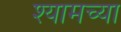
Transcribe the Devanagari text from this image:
श्यामच्या